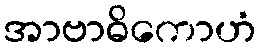
အာဗာဓိကောဟံ